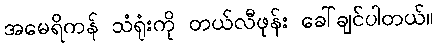
အမေရိကန် သံရုံးကို တယ်လီဖုန်း ခေါ်ချင်ပါတယ်။